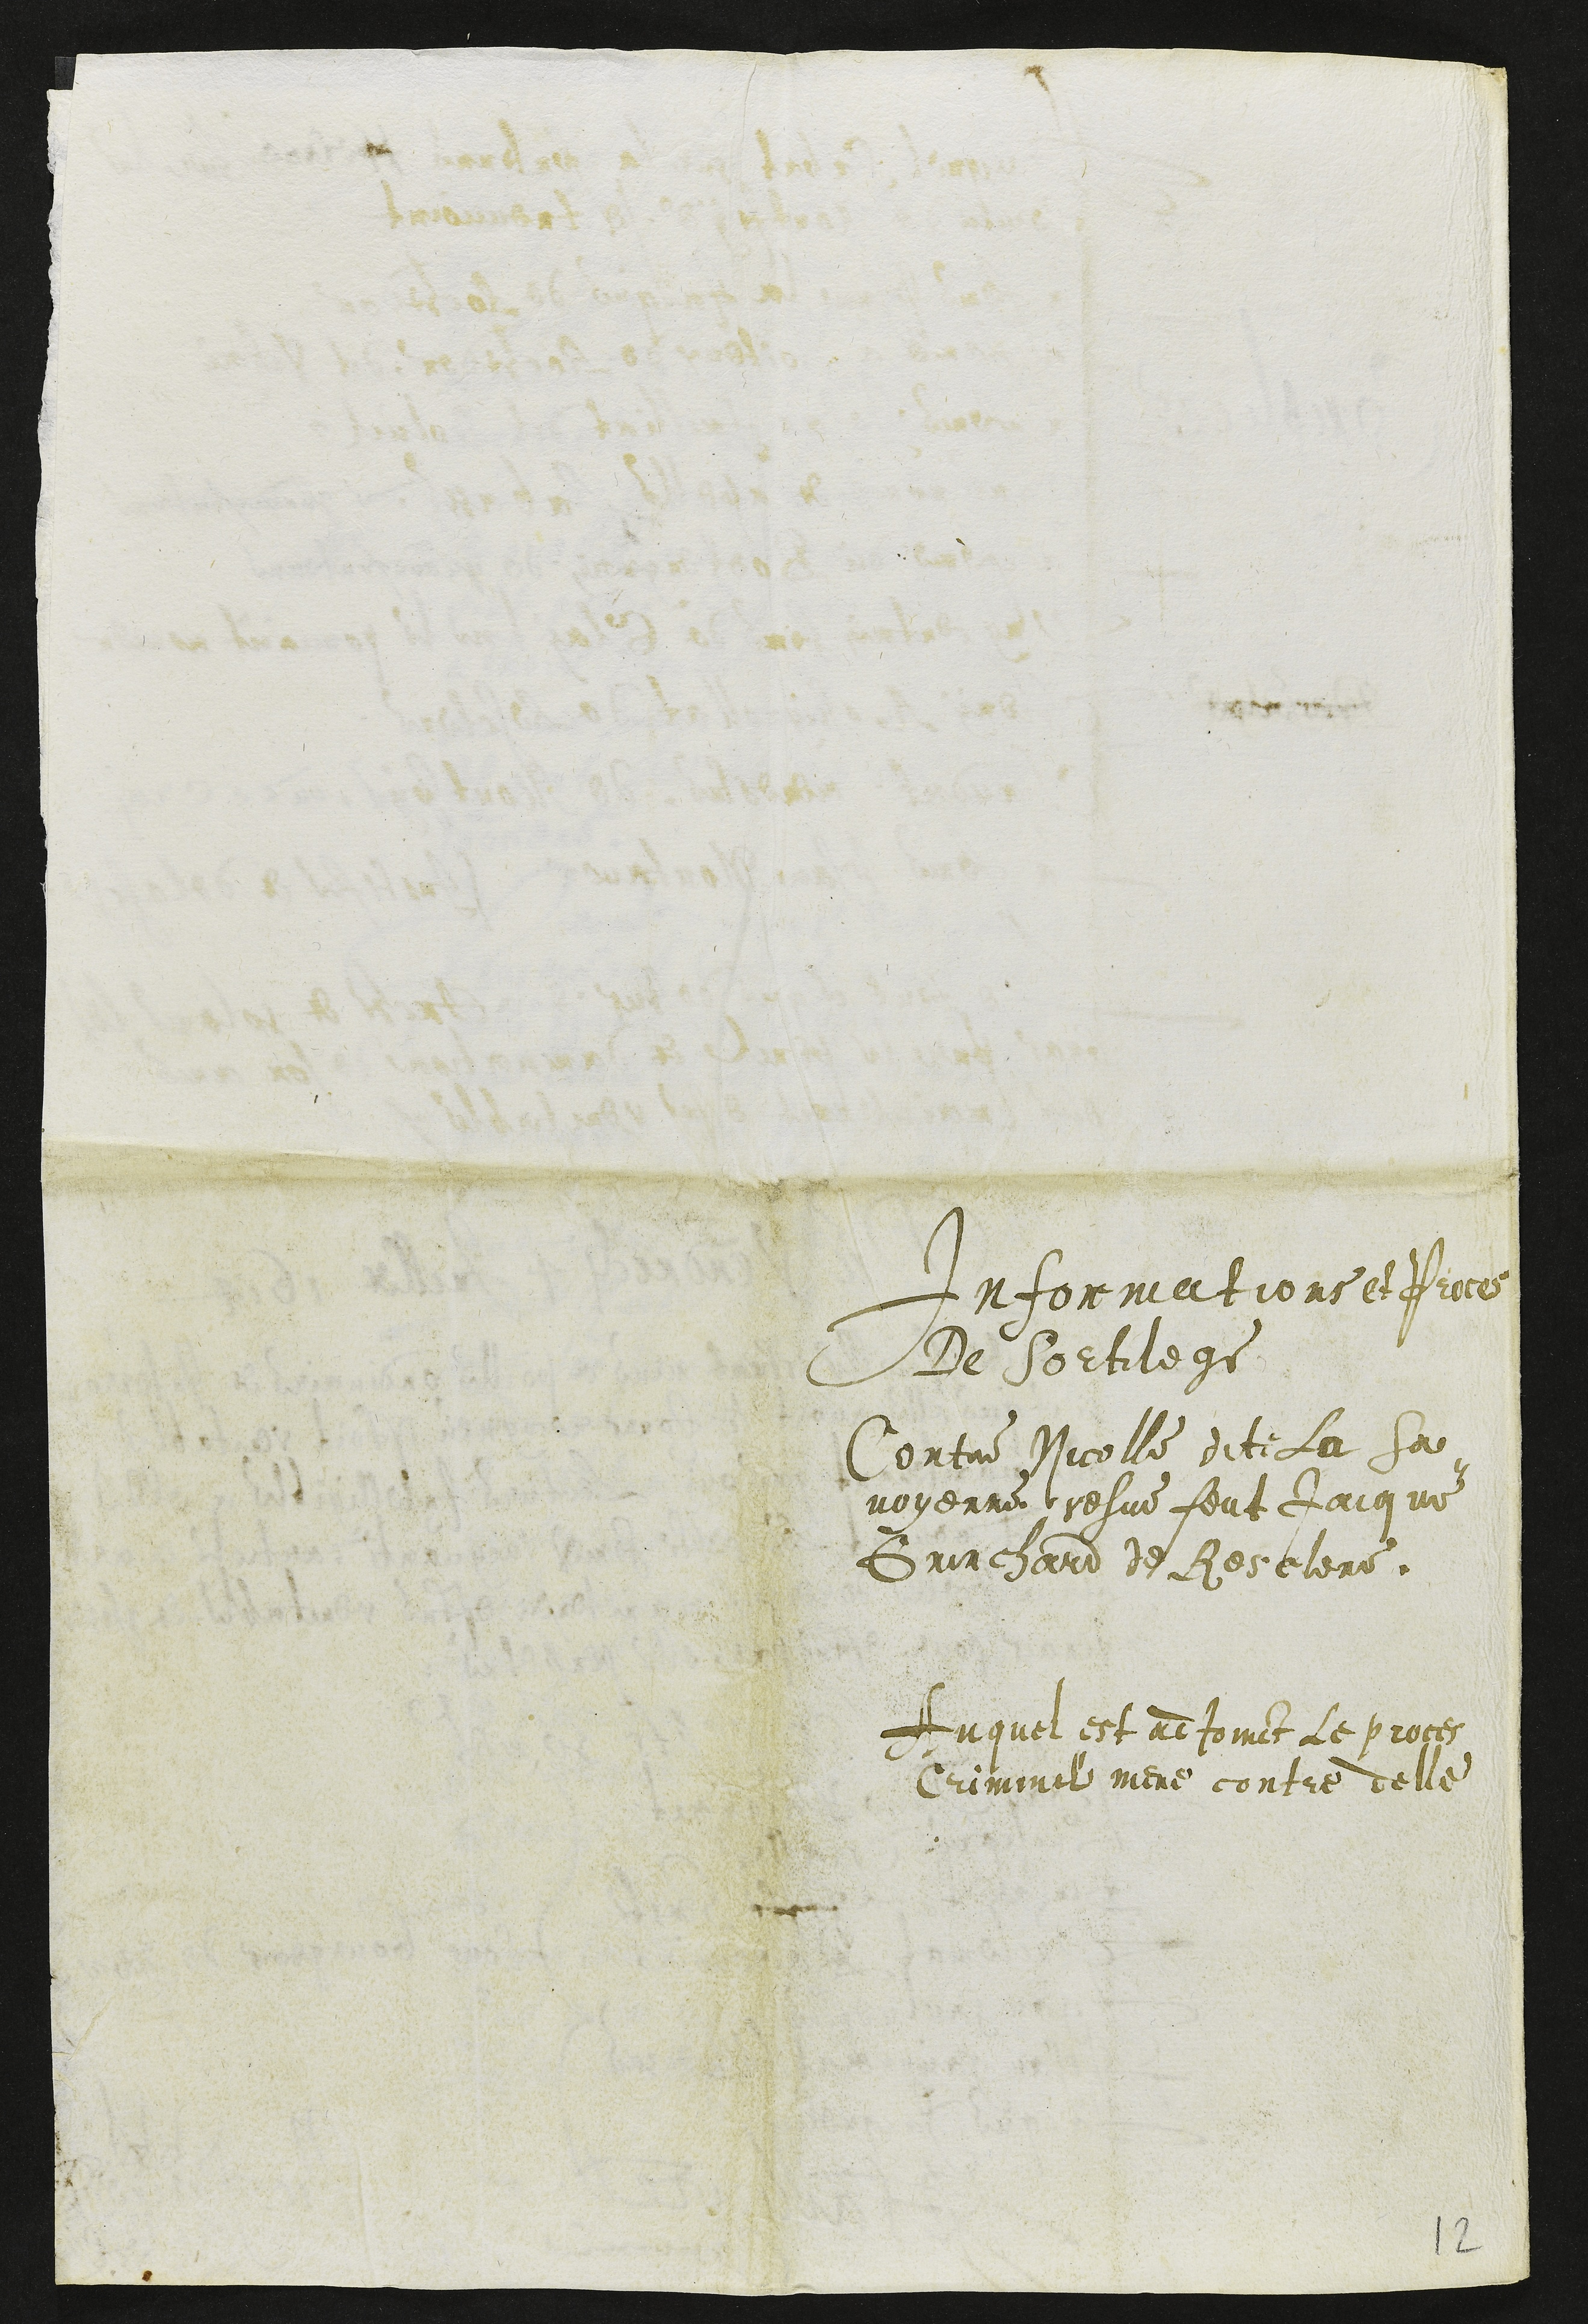
Informations et Proces
De Sortilege
Contre Nicolle dite La Sa
voyenne vesve feut Jacque
Guinchard de Resclere.
Auquel est adjoinct Le proces
Criminel mene contre delle